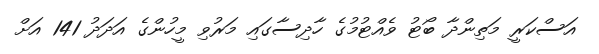
އަސްކަރީ މަތިންދާ ބޯޓު ވެއްޓުމުގެ ހާދިސާގައި މަރުވި މީހުންގެ އަދަދު 141 އަށް